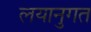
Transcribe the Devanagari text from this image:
लयानुगत